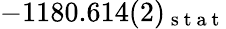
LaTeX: -1180.614(2)_{\mathrm{~s~t~a~t~}}